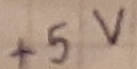
Text: +5V